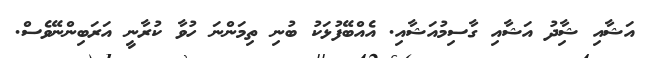
އަޝާއި ޝާިދު އަޝާއި ގާސިމުއަޝާއި. އެއްބޭފުޅަކު ބުނި ތިމަންނަ ހުވާ ކުރާނީ އަރަބިންނޭވެސް.